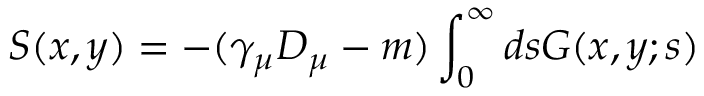
S ( x , y ) = - ( \gamma _ { \mu } D _ { \mu } - m ) \int _ { 0 } ^ { \infty } d s { \cal G } ( x , y ; s )